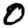
Digit: 0